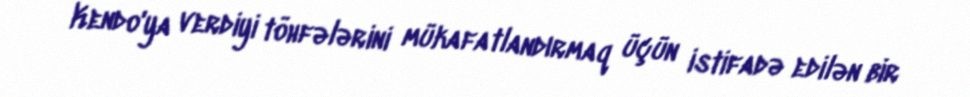
Kendo'ya verdiyi töhfələrini mükafatlandırmaq üçün istifadə edilən bir